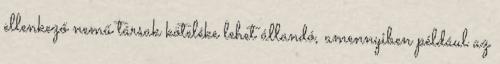
ellenkező nemű társak köteléke lehet állandó, amennyiben például az